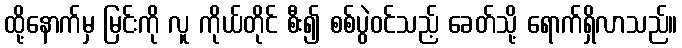
ထို့နောက်မှ မြင်းကို လူ ကိုယ်တိုင် စီး၍ စစ်ပွဲဝင်သည့် ခေတ်သို့ ရောက်ရှိလာသည်။